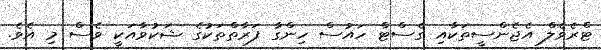
ޓްރެވެލް އެޖެންސީތަކާއި ގެސްޓް ހައުސް ހިންގާ ފަރާތްތަކުގެ ޝަކުވާއަކީ ވެސް މި އެވެ.